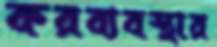
করব্যবস্থার